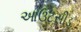
આઉટસીડ